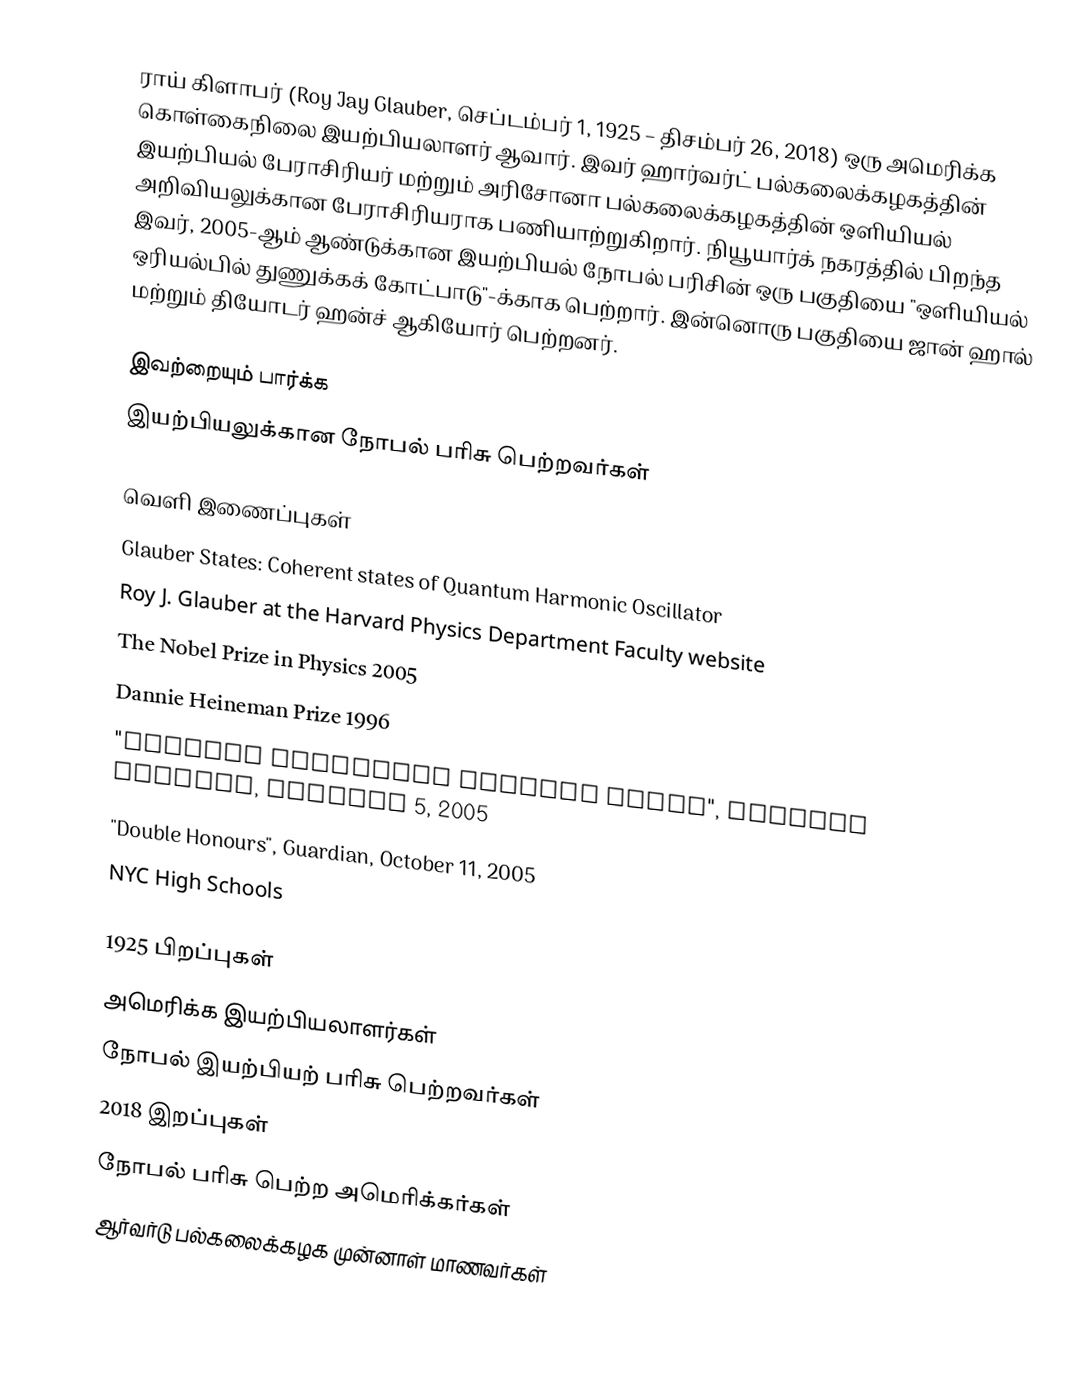
ராய் கிளாபர் (Roy Jay Glauber, செப்டம்பர் 1, 1925 – திசம்பர் 26, 2018) ஒரு அமெரிக்க கொள்கைநிலை இயற்பியலாளர் ஆவார். இவர் ஹார்வர்ட் பல்கலைக்கழகத்தின் இயற்பியல் பேராசிரியர் மற்றும் அரிசோனா பல்கலைக்கழகத்தின் ஒளியியல் அறிவியலுக்கான பேராசிரியராக பணியாற்றுகிறார். நியூயார்க் நகரத்தில் பிறந்த இவர், 2005-ஆம் ஆண்டுக்கான இயற்பியல் நோபல் பரிசின் ஒரு பகுதியை "ஒளியியல் ஒரியல்பில்  துணுக்கக் கோட்பாடு"-க்காக பெற்றார். இன்னொரு பகுதியை ஜான் ஹால் மற்றும் தியோடர் ஹன்ச் ஆகியோர் பெற்றனர்.

இவற்றையும் பார்க்க
 இயற்பியலுக்கான நோபல் பரிசு பெற்றவர்கள்

வெளி இணைப்புகள்
 Glauber States: Coherent states of Quantum Harmonic Oscillator
 Roy J. Glauber at the Harvard Physics Department Faculty website
 The Nobel Prize in Physics 2005
 Dannie Heineman Prize 1996
 "Physics Professor Awarded Nobel", Harvard Crimson, October 5, 2005
 "Double Honours", Guardian, October 11, 2005
 NYC High Schools

1925 பிறப்புகள்
அமெரிக்க இயற்பியலாளர்கள்
நோபல் இயற்பியற் பரிசு பெற்றவர்கள்
2018 இறப்புகள்
நோபல் பரிசு பெற்ற அமெரிக்கர்கள்
ஆர்வர்டு பல்கலைக்கழக முன்னாள் மாணவர்கள்